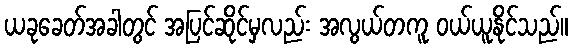
ယခုခေတ်အခါတွင် အပြင်ဆိုင်မှလည်း အလွယ်တကူ ဝယ်ယူနိုင်သည်။